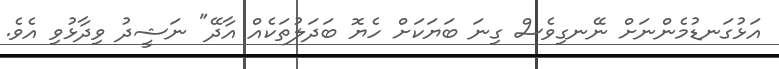
އަޅުގަނޑުމެންނަށް ނޭނގިވެސް ގިނަ ބަޔަކަށް ހެޔޮ ބަދަލުތަކެއް އާދޭ" ނަޝީދު ވިދާޅުވި އެވެ.